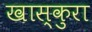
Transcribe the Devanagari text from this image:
खास्कुरा